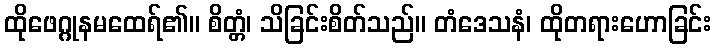
ထိုဖေဂ္ဂုနမထေရ်၏။ စိတ္တံ၊ သိခြင်းစိတ်သည်။ တံဒေသနံ၊ ထိုတရားဟောခြင်း